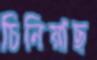
চিনিয়াছ